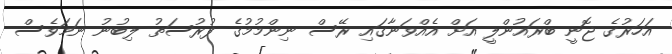
އަހަރުގެ ޖޮނީ ބްރައުންލީ އަށް އެއްވަނާގައި ރޭސް ނިންމުމުގެ ފުރުސަތު ލިބުނު ނަމަވެސް